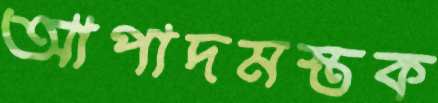
আপাদমস্তক